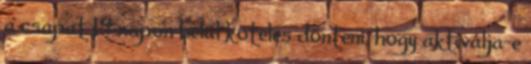
a csapat 14 napon belül köteles dönteni, hogy aktiválja-e